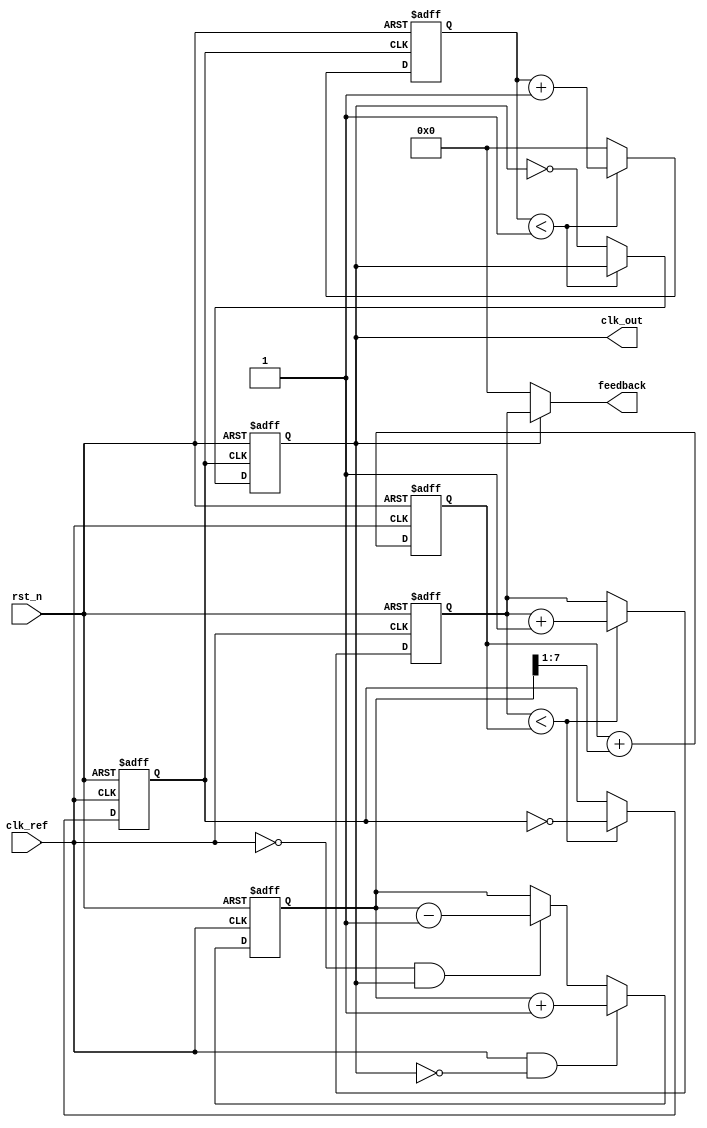
module type2_PLL (
    input wire clk_ref,             // Reference clock input
    input wire rst_n,               // Active low reset
    output reg clk_out,             // Output clock
    output reg [N-1:0] feedback     // Feedback signal for divider
);

parameter N = 4;                   // Division factor for feedback divider
parameter K = 2;                   // Multiplier for VCO (output frequency)
parameter LOOP_FILTER_SIZE = 8;   // Size of the loop filter (for simplicity)

// Internal signals
reg [LOOP_FILTER_SIZE-1:0] error_signal; // Phase error signal
reg [LOOP_FILTER_SIZE-1:0] control_voltage; // Control voltage for VCO
reg [N-1:0] divider_count;        // Count for feedback divider
reg [N-1:0] vco_count;            // Count for VCO output
reg clk_vco;                      // VCO clock output

// Phase Detector (PD)
always @(posedge clk_ref or negedge rst_n) begin
    if (!rst_n) begin
        error_signal <= 0;
    end else begin
        // Simple PD: Increment error_signal if clk_ref leads feedback, decrement otherwise
        if (clk_ref && !clk_out) begin
            error_signal <= error_signal + 1; // Reference clock leads feedback
        end else if (!clk_ref && clk_out) begin
            error_signal <= error_signal - 1; // Feedback leads reference clock
        end
    end
end

// Loop Filter (LF)
always @(posedge clk_ref or negedge rst_n) begin
    if (!rst_n) begin
        control_voltage <= 0;
    end else begin
        // Simple second-order loop filter
        control_voltage <= control_voltage + (error_signal >> 1); // Proportional part
    end
end

// Voltage-Controlled Oscillator (VCO)
always @(posedge clk_ref or negedge rst_n) begin
    if (!rst_n) begin
        vco_count <= 0;
        clk_vco <= 0;
    end else begin
        // VCO output frequency is determined by control voltage
        if (vco_count < control_voltage) begin
            clk_vco <= ~clk_vco; // Toggle VCO clock
            vco_count <= vco_count + 1;
        end
    end
end

// Feedback Divider
always @(posedge clk_vco or negedge rst_n) begin
    if (!rst_n) begin
        divider_count <= 0;
        clk_out <= 0;
    end else begin
        if (divider_count < K-1) begin
            divider_count <= divider_count + 1;
        end else begin
            clk_out <= ~clk_out; // Output clock
            divider_count <= 0;
        end
    end
end

// Feedback signal generation
assign feedback = clk_out ? vco_count : 0; // Provide feedback from VCO

endmodule